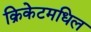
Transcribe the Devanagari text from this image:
क्रिकेटमधिल